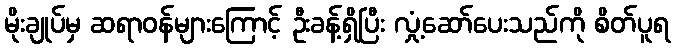
မိုးချုပ်မှ ဆရာဝန်များကြောင့် ဦးခန့်ရှိပြီး လှုံ့ဆော်ပေးသည်ကို စိတ်ပူရ